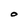
Character: O